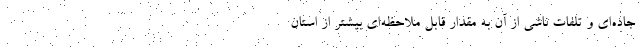
جاده‌ای و تلفات ناشی از آن به مقدار قابل ملاحظه‌ای بیشتر از استان